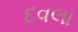
દવલા